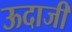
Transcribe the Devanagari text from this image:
ऊदाजी